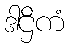
ဒါဌိကံ